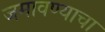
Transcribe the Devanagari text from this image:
जमावण्याचा